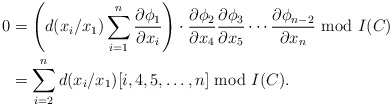
\begin{align*}0&=\left( d(x_i/x_1)\sum_{i=1}^{n} \frac{\partial \phi_1}{\partial x_i}\right) \cdot\frac{\partial \phi_2}{\partial x_4}\frac{\partial \phi_3}{\partial x_5}\cdots \frac{\partial \phi_{n-2}}{\partial x_{n}} \ \textrm{mod} \ I(C)\\&=\sum_{i=2}^{n} d(x_i/x_1) [i,4,5,\ldots,n] \ \textrm{mod} \ I(C).\end{align*}